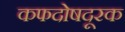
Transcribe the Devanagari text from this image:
कफदोषदूरक